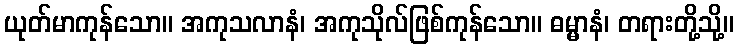
ယုတ်မာကုန်သော။ အကုသလာနံ၊ အကုသိုလ်ဖြစ်ကုန်သော။ ဓမ္မာနံ၊ တရားတို့သို့။